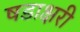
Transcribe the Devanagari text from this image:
षडाक्षरी